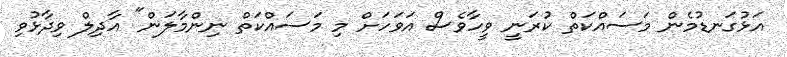
އަޅުގަނޑުމެން މަސައްކަތް ކުރަނީ ވީހާވެސް އަވަހަށް މި މަސައްކަތް ނިންމާލަން" އާދިލް ވިދާޅުވި